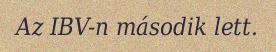
Az IBV-n második lett.